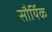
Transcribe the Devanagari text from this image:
सौर्यिक